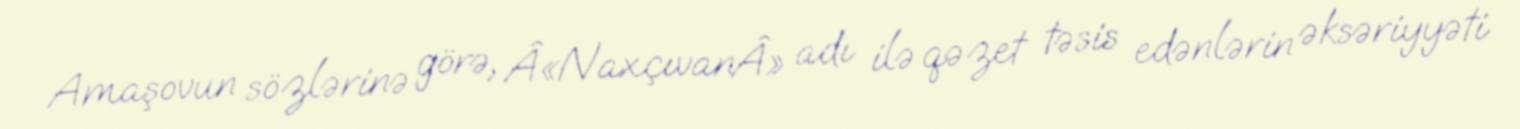
Amaşovun sözlərinə görə, Â«NaxçıvanÂ» adı ilə qəzet təsis edənlərin əksəriyyəti